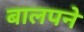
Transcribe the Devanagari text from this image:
बालपने